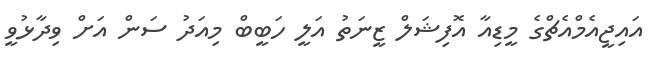
އައިޖީއެމްއެޗްގެ މީޑިއާ އޮފިޝަލް ޒީނަތު އަލީ ހަބީބް މިއަދު ސަން އަށް ވިދާޅުވީ